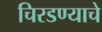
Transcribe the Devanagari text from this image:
चिरडण्‍याचे